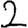
Digit: 2